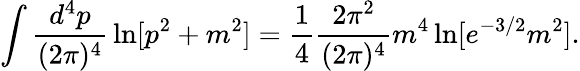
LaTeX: \int{\frac{d^{4}p}{(2\pi)^{4}}}\ln[p^{2}+m^{2}]={\frac{1}{4}}{\frac{2\pi^{2}}{(2\pi)^{4}}}m^{4}\ln[e^{-3/2}m^{2}].